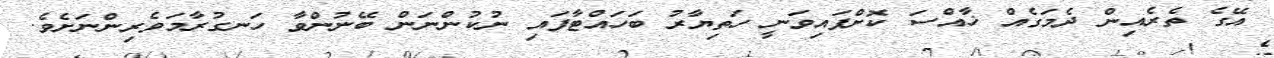
އޭގެ ތެރެއިން ދެމަގެއް ޚާއްސަ ކޮށްފައިވަނީ ހަތިޔާރު ބަހައްޓާފައި ނުކުންނަން ބޭނުންވާ ހަނގުރާމަވެރިންނަށެވެ.